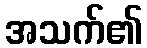
အသက်၏